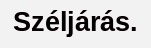
Széljárás.